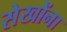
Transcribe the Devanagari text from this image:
सेखोंना